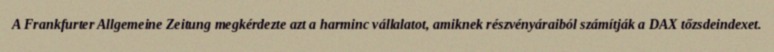
A Frankfurter Allgemeine Zeitung megkérdezte azt a harminc vállalatot, amiknek részvényáraiból számítják a DAX tőzsdeindexet.